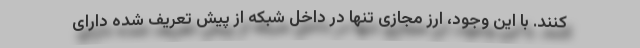
کنند. با این وجود، ارز مجازی تنها در داخل شبکه از پیش تعریف شده دارای